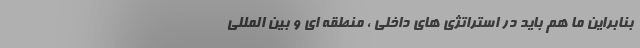
بنابراین ما هم باید در استراتژی های داخلی ، منطقه ای و بین المللی